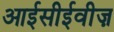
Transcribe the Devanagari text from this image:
आईसीईवीज़